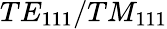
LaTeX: TE_{111}/TM_{111}